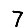
Digit: 7